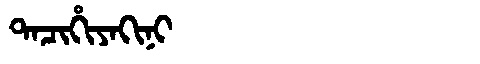
Manchu: ᡨᠠᠴᡳᡥᡳᠶᠠᡴᡳᠨᡳ
Romanization: TACIHIYAKINI